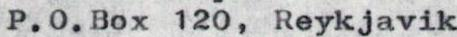
P.0.Box 120,Reykjavik